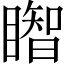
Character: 𥋒